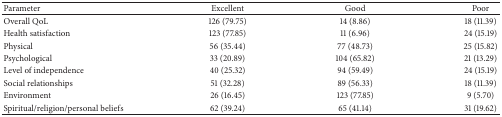
<table><thead><tr><td><b>Parameter</b></td><td><b>Excellent</b></td><td><b>Good</b></td><td><b>Poor</b></td></tr></thead><tbody><tr><td>Overall QoL</td><td>126 (79.75)</td><td>14 (8.86)</td><td>18 (11.39)</td></tr><tr><td>Health satisfaction</td><td>123 (77.85)</td><td>11 (6.96)</td><td>24 (15.19)</td></tr><tr><td>Physical</td><td>56 (35.44)</td><td>77 (48.73)</td><td>25 (15.82)</td></tr><tr><td>Psychological</td><td>33 (20.89)</td><td>104 (65.82)</td><td>21 (13.29)</td></tr><tr><td>Level of independence</td><td>40 (25.32)</td><td>94 (59.49)</td><td>24 (15.19)</td></tr><tr><td>Social relationships</td><td>51 (32.28)</td><td>89 (56.33)</td><td>18 (11.39)</td></tr><tr><td>Environment</td><td>26 (16.45)</td><td>123 (77.85)</td><td>9 (5.70)</td></tr><tr><td>Spiritual/religion/personal beliefs</td><td>62 (39.24)</td><td>65 (41.14)</td><td>31 (19.62)</td></tr></tbody></table>